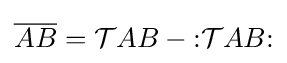
{\overline {AB}}={\mathcal {T}}AB-{\mathopen {:}}{\mathcal {T}}AB{\mathclose {:}}